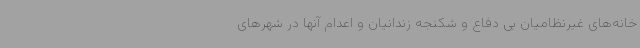
خانه‌های غیرنظامیان بی دفاع و شکنجه زندانیان و اعدام آنها در شهرهای